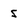
Character: 5